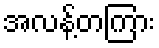
အလန့်တကြား